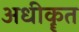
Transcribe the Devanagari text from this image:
अधीकॄत